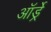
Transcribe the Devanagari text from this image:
ऑर्ड्रे